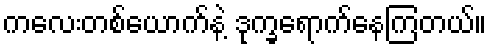
ကလေးတစ်ယောက်နဲ့ ဒုက္ခရောက်နေကြတယ်။